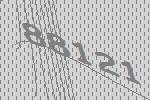
88121